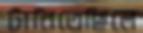
টানিতেছিলে